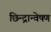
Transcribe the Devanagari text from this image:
छिन्द्रान्वेषण